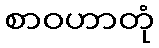
စာဝဟာတုံ